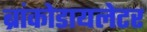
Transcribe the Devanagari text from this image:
ब्रांकोडायलेटर